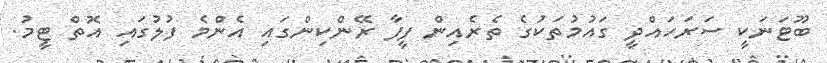
ބޫޓަނަކީ ސަރަހައްދީ ގައުމުތަކުގެ ތެރެއިން ފީފާ ރޭންކިންގައި އެންމެ ފުލުގައި އޮތް ޓީމު.